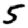
Digit: 5